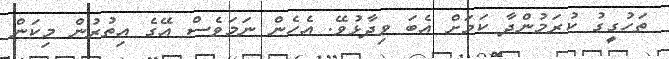
ތަހުގީގު ކުރަމުންދާ ކަމަށް އެބަ ވިދާޅުވޭ. އެހެން ނަމަވެސް އޭގެ އިތުރުން މިކަން